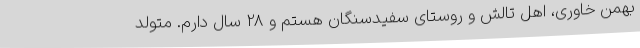
بهمن خاوری، اهل تالش و روستای سفیدسنگان هستم و 28 سال دارم. متولد